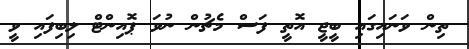
ތިން ވަނައިގައި ބީޖީ އޮތީ ފަސް މެޗުން ނުވަ ޕޮއިންޓް ލިބިފައި ވީ